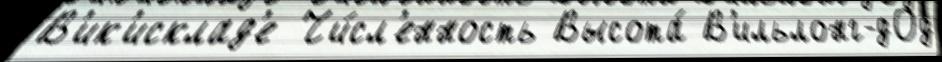
В'ик'исклад'е Чи́сл'енность Высота́ В'ильлонг-дОд